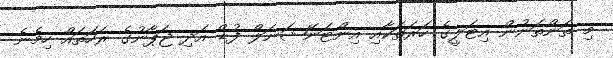
މި ތަންތަނުން އިޓަލީގެ ހަރަތަކާއި އިންޓަނޭޝަނަލް ފުޑް އަދި ޖަޕާނުގެ ރަހަތައް ހިމެނެ